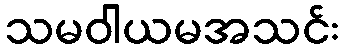
သမဝါယမအသင်း